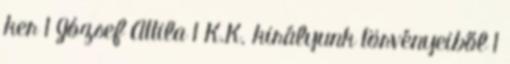
ker 1 József Attila 1 K.K. királyunk törvényeiből 1